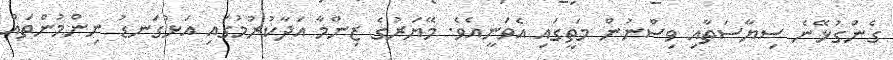
ގެންގުޅޭނެ ސިޔާސަތާއި ވިސްނުން މަތީގައި އެވަނީއެވެ. މޭޔަރުގެ ޒިންމާ އަދާކުރުމުގައި އަޅުގަނޑު ނިންމުންތައް